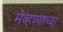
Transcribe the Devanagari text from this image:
मेव्हण्याच्या